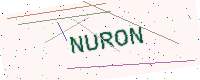
Text: NURON